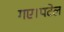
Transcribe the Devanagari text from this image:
गए।पटेल